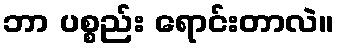
ဘာ ပစ္စည်း ရောင်းတာလဲ။